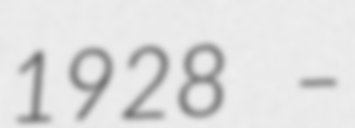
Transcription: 1928 –